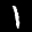
Label: 1